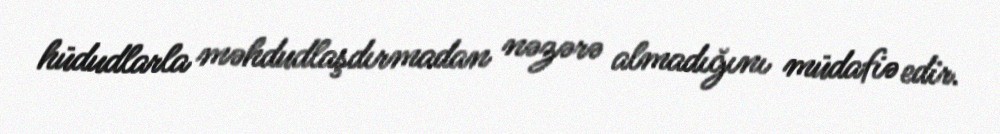
hüdudlarla məhdudlaşdırmadan nəzərə almadığını müdafiə edir.